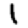
Digit: 1